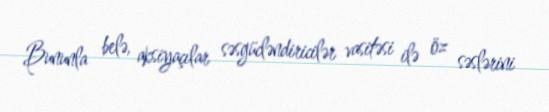
Bununla belə, aksiyaçılar səsgücləndiricilər vasitəsi ilə öz səslərini